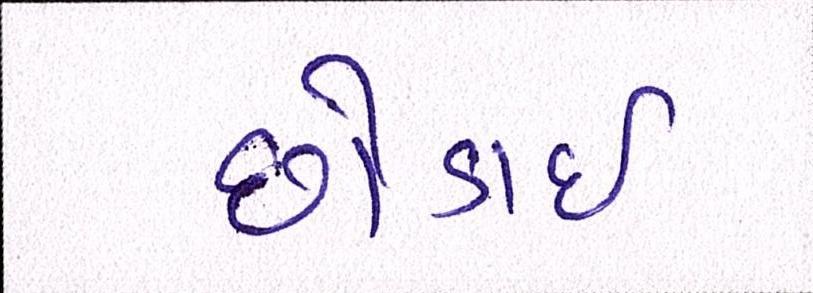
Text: છોડાઈ